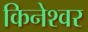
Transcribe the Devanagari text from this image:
किनेश्वर